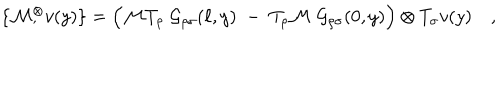
\{ { \cal M } { } _ { , } ^ { \otimes } v ( y ) \} = \Bigl ( { \cal M } T _ { \rho } \; { \cal G } _ { \rho \sigma } ( \ell , y ) \; - \; T _ { \rho } { \cal M } \; { \cal G } _ { \rho \sigma } ( 0 , y ) \Bigr ) \otimes T _ { \sigma } v ( y ) \quad ,